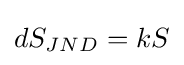
dS_{JND}=kS